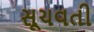
સૂચવતી